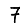
Digit: 7